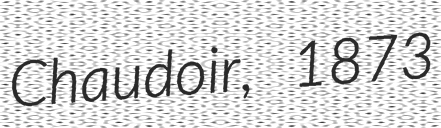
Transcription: Chaudoir, 1873